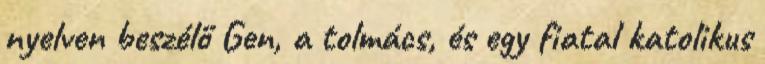
nyelven beszélő Gen, a tolmács, és egy fiatal katolikus